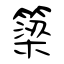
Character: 簗